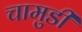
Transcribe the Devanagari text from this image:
चामुडी